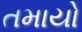
તમાયો